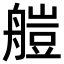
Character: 𦩴